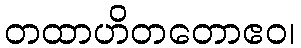
တထာဟိတတောဧဝ၊